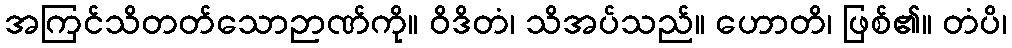
အကြင်သိတတ်သောဉာဏ်ကို။ ဝိဒိတံ၊ သိအပ်သည်။ ဟောတိ၊ ဖြစ်၏။ တံပိ၊